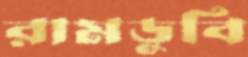
রামডুবি